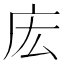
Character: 𫷧